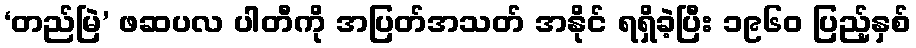
‘တည်မြဲ’ ဖဆပလ ပါတီကို အပြတ်အသတ် အနိုင် ရရှိခဲ့ပြီး ၁၉၆၀ ပြည့်နှစ်